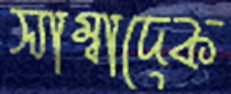
সাম্বাদেক